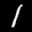
Label: 1